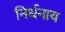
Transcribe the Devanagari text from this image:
निर्धनाय